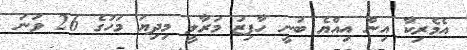
އެމެރިކާ އިން އިއްޔެ ބުނީ ހާފިޒު މަރާލީ މިދިޔަ މަހުގެ 26 ވަނަ